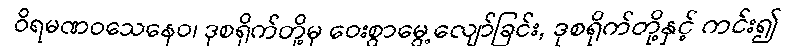
ဝိရမဏဝသေနေဝ၊ ဒုစရိုက်တို့မှ ဝေးစွာမွေ့လျော်ခြင်း, ဒုစရိုက်တို့နှင့် ကင်း၍